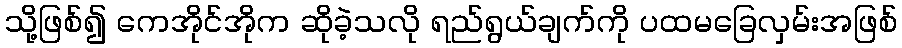
သို့ဖြစ်၍ ကေအိုင်အိုက ဆိုခဲ့သလို ရည်ရွယ်ချက်ကို ပထမခြေလှမ်းအဖြစ်